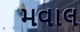
મવાલ